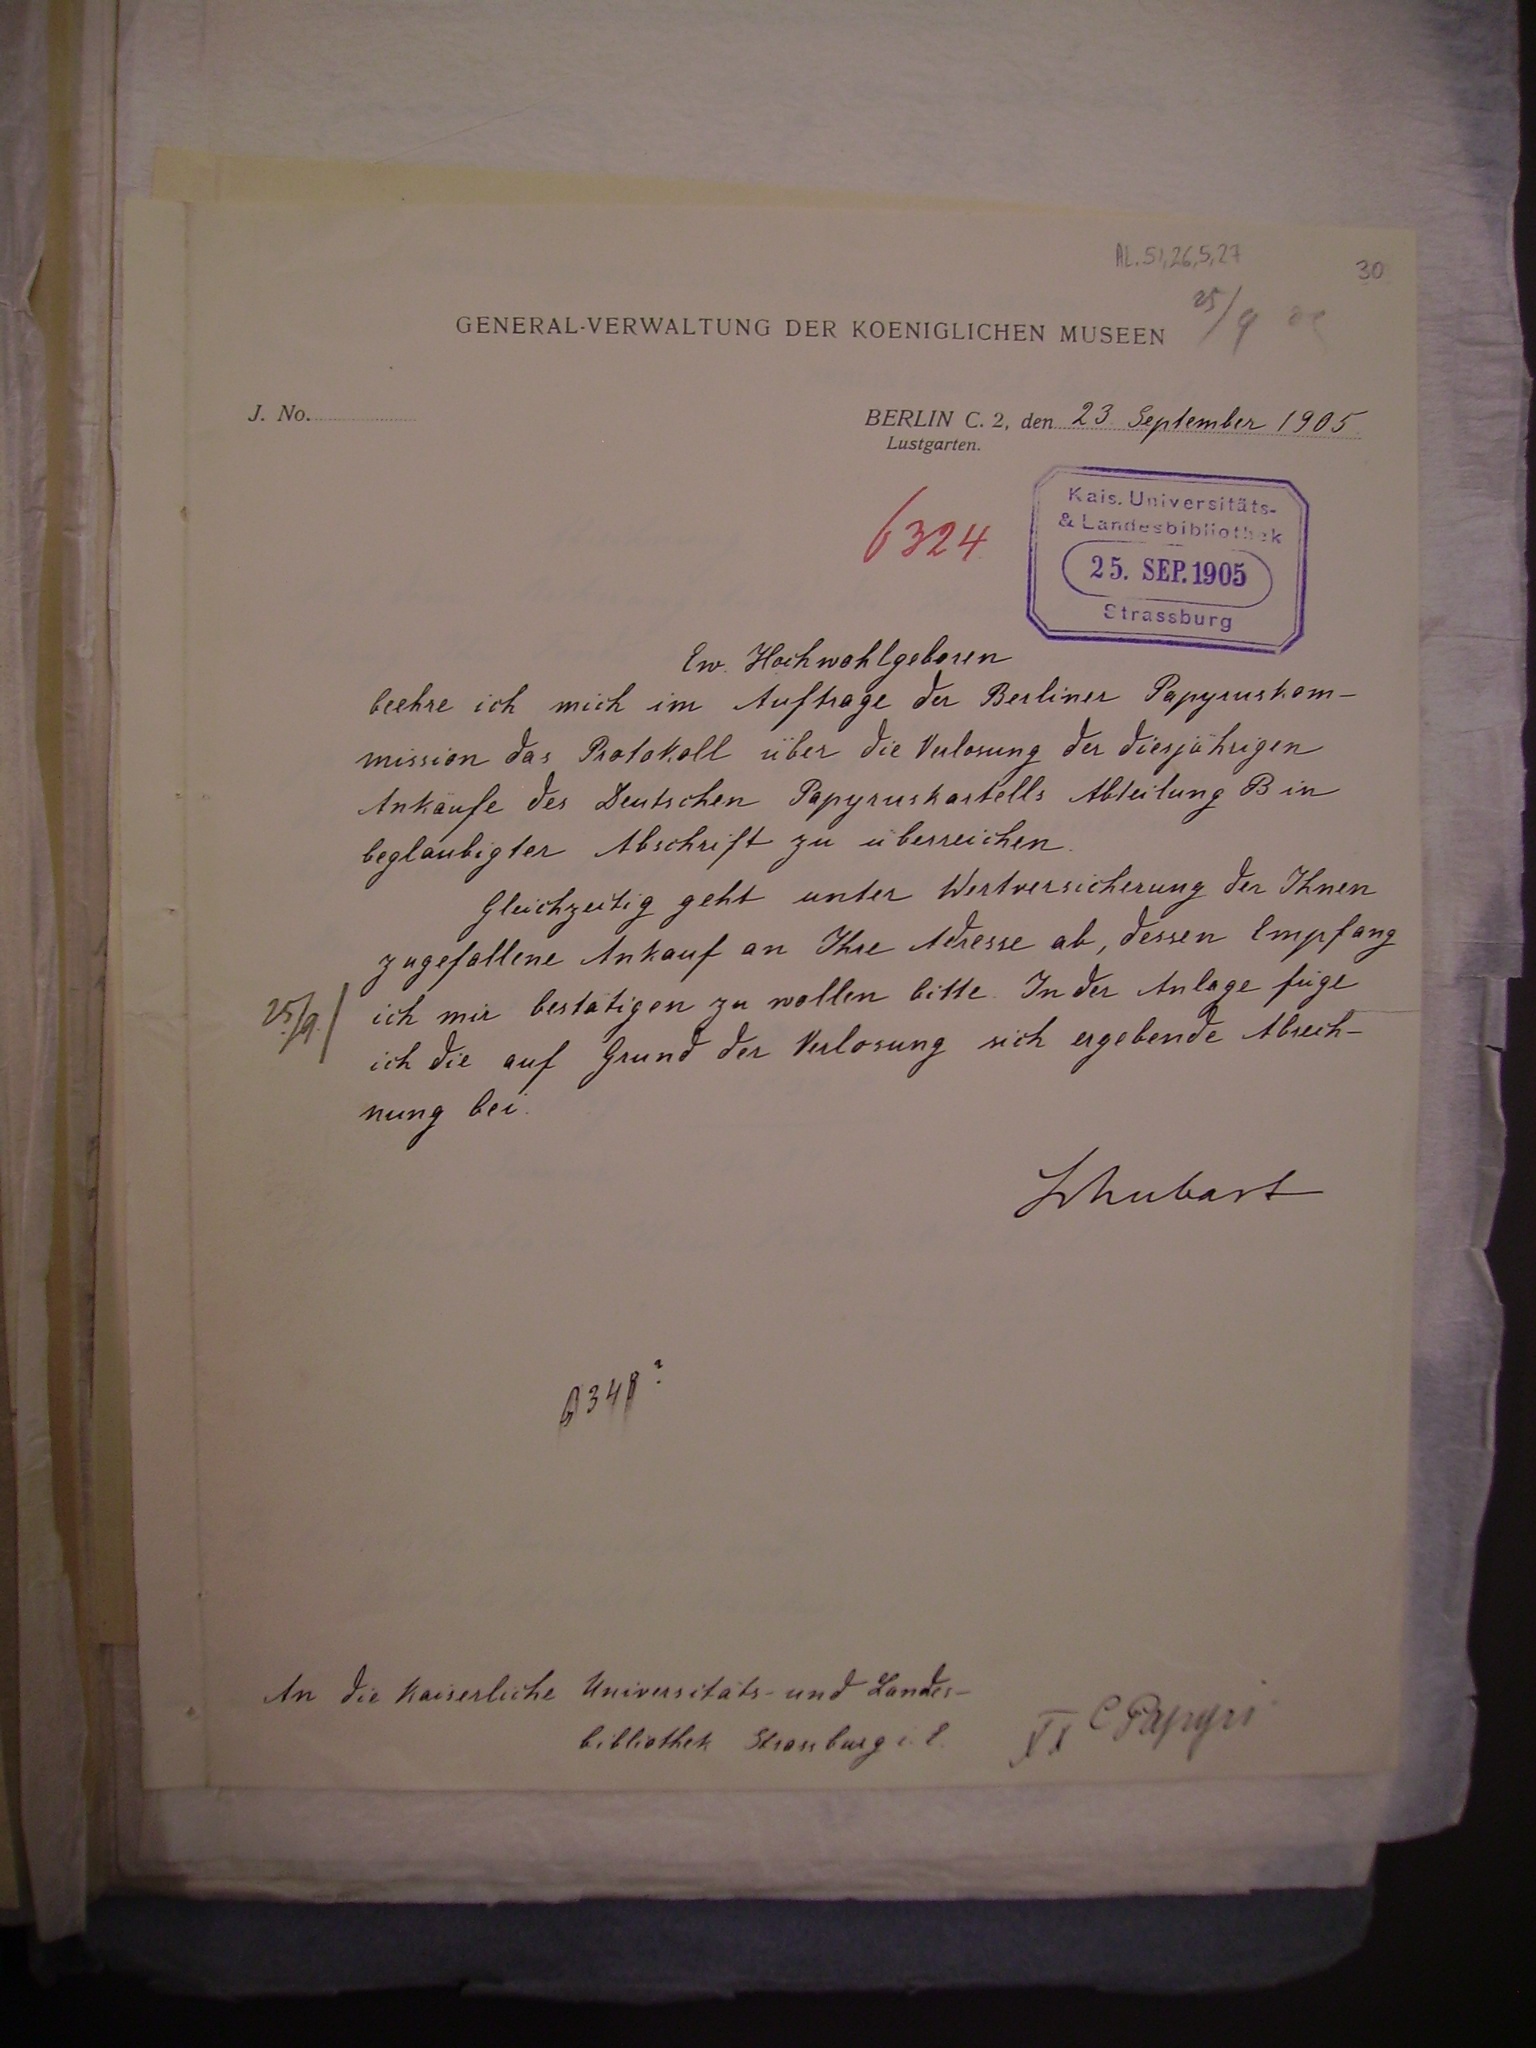
23 September 1905

6324
Ew. Hochwohlgeboren
beehre ich mich im Auftrage der Berliner Papyruskom¬
mission das Protokoll über die Verlosung der diesjährigen
Ankäufe des Deutschen Papyruskartells Abteilung B in
beglaubigter Abschrift zu überreichen.
Gleichzeitig geht unter Wertversicherung der Ihnen
zugefallene Ankauf an Ihre Adresse ab, dessen Empfang
ich mir bestätigen zu wollen bitte. In der Anlage füge

ich die auf Grund der Verlosung sich ergebende Abrech¬
nung bei.
Schubart